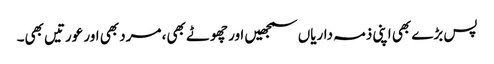
پس بڑے بھی اپنی ذمہ داریاں سمجھیں اور چھوٹے بھی، مرد بھی اور عورتیں بھی۔